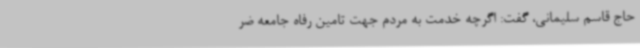
حاج قاسم سلیمانی، گفت: اگرچه خدمت به مردم جهت تامین رفاه جامعه ضر